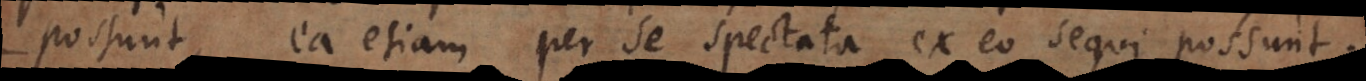
possunt, ea etiam per se spectata ex eo sequi possunt.